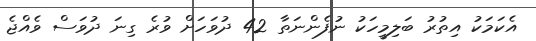
އެކަމަކު އިތުރު ބަލިމީހަކު ނުފެންނަތާ 42 ދުވަހަށް ވުރެ ގިނަ ދުވަސް ވެއްޖެ